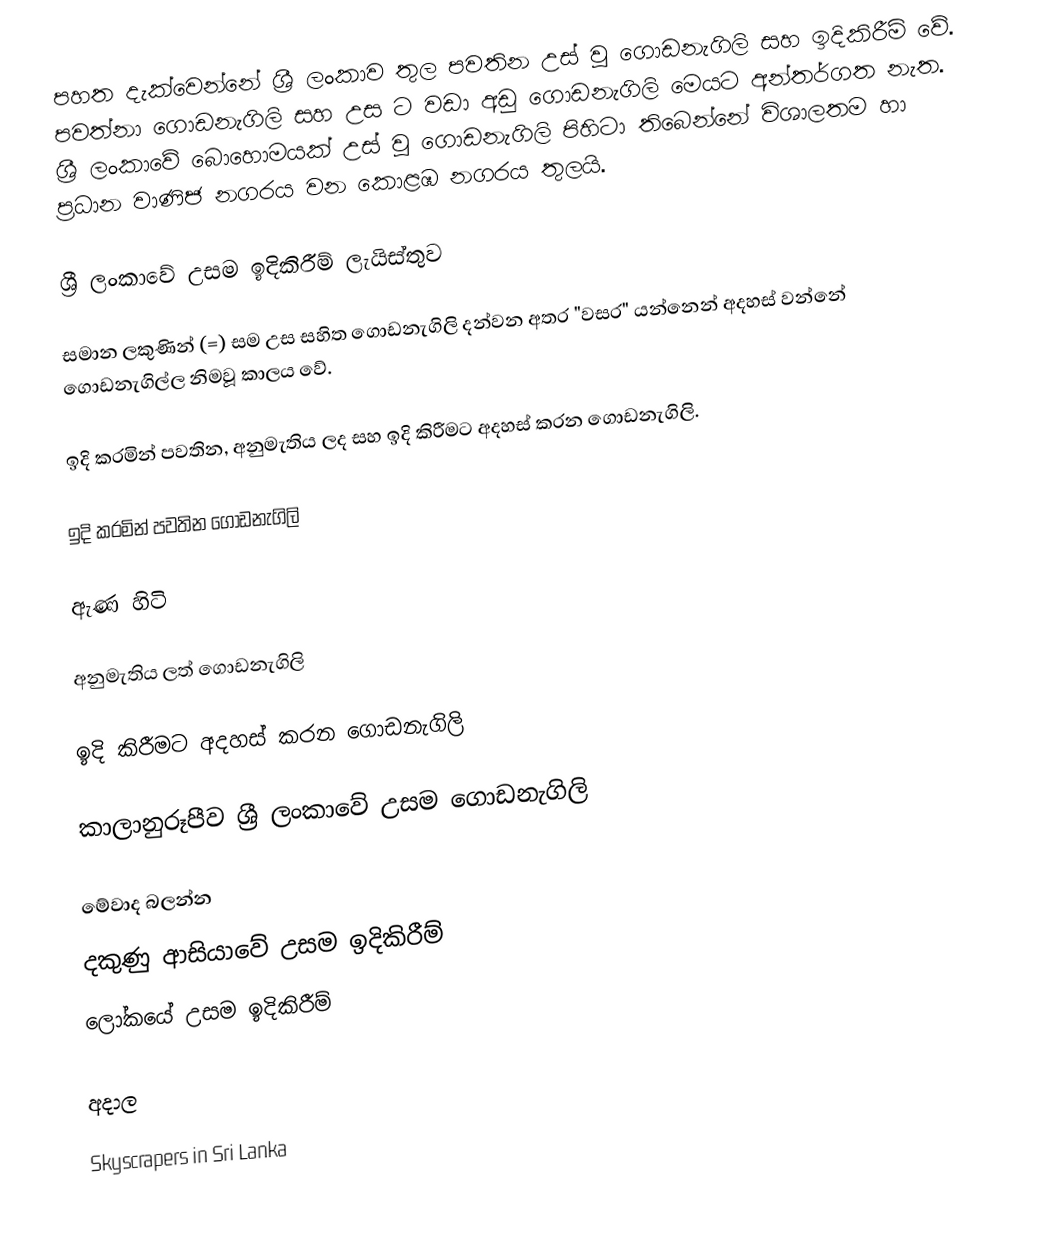
පහත දැක්වෙන්නේ ශ්‍රී ලංකාව තුල පවතින උස් වූ ගොඩනැගිලි සහ ඉදිකිරීම් වේ.   පවත්නා ගොඩනැගිලි සහ උස ට වඩා අඩු ගොඩනැගිලි මෙයට අන්තර්ගත නැත. ශ්‍රී ලංකාවේ බොහොමයක් උස් වූ ගොඩනැගිලි පිහිටා තිබෙන්නේ විශාලතම හා ප්‍රධාන වාණිජ නගරය වන කොළඹ නගරය තුලයි.

ශ්‍රී ලංකාවේ උසම ඉදිකිරීම් ලැයිස්තුව

සමාන ලකුණින් (=) සම උස සහිත ගොඩනැගිලි දන්වන අතර "වසර" යන්නෙන් අදහස් වන්නේ ගොඩනැගිල්ල නිමවූ කාලය වේ.

ඉදි කරමින් පවතින, අනුමැතිය ලද සහ ඉදි කිරීමට අදහස් කරන ගොඩනැගිලි.

ඉදි කරමින් පවතින ගොඩනැගිලි

ඇණ හිටි

අනුමැතිය ලත් ගොඩනැගිලි

ඉදි කිරීමට අදහස් කරන ගොඩනැගිලි

කාලානුරූපීව ශ්‍රී ලංකාවේ උසම ගොඩනැගිලි

මේවාද බලන්න
 දකුණු ආසියාවේ උසම ඉදිකිරීම්
 ලෝකයේ උසම ඉදිකිරීම්

අදාල

Skyscrapers in Sri Lanka